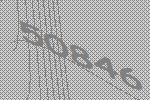
50846